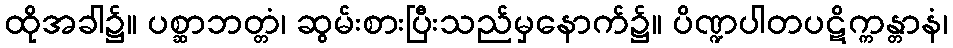
ထိုအခါ၌။ ပစ္ဆာဘတ္တံ၊ ဆွမ်းစားပြီးသည်မှနောက်၌။ ပိဏ္ဍပါတပဋိက္ကန္တာနံ၊